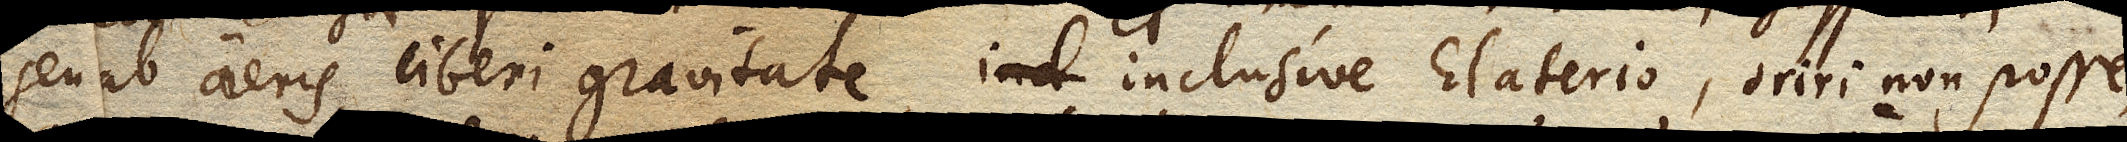
seu ab aeris liberi gravitate, inclusive Elaterio, oriri non posse,